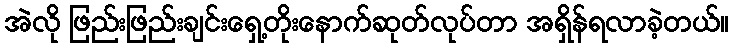
အဲလို ဖြည်းဖြည်းချင်းရှေ့တိုးနောက်ဆုတ်လုပ်တာ အရှိန်ရလာခဲ့တယ်။